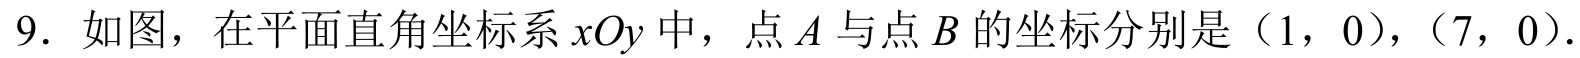
9. 如图，在平面直角坐标系 \(xOy\) 中，点 \(A\) 与点 \(B\) 的坐标分别是（1, 0），（7, 0）.